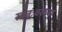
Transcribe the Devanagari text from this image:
स्वतःवरच्या